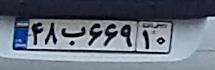
۴۸ب۶۶۹۱۰